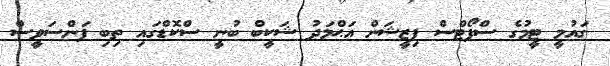
ގައުމީ ޓީމުގެ ސްޕޯޓްސް ފިޒީޝަން އަޙްމަދު ޝަކީބް ބުނީ ސްކޮޑްގައި ތިބި ފަންސަވީސް